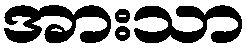
အားသာ